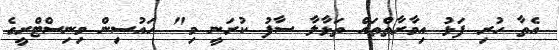
އެތާ ހުރި ފަޅު އިމާރާތްތައް ތަޅާލާ ސާފު ކުރަނީ މި" ހައުސިން މިނިސްޓްރީގެ